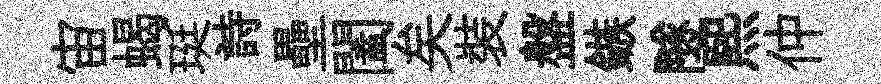
宙蝎珽詩壘闔矣裝盤鏃隧煕仲